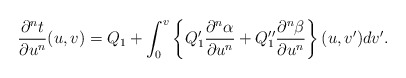
\begin{align*} \frac{\partial^nt}{\partial u^n}(u,v)=Q_1+\int_0^v\left\{Q_1'\frac{\partial^n\alpha}{\partial u^n}+Q_1''\frac{\partial^n\beta}{\partial u^n}\right\}(u,v')dv'.\end{align*}